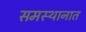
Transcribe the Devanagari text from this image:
समस्थानात